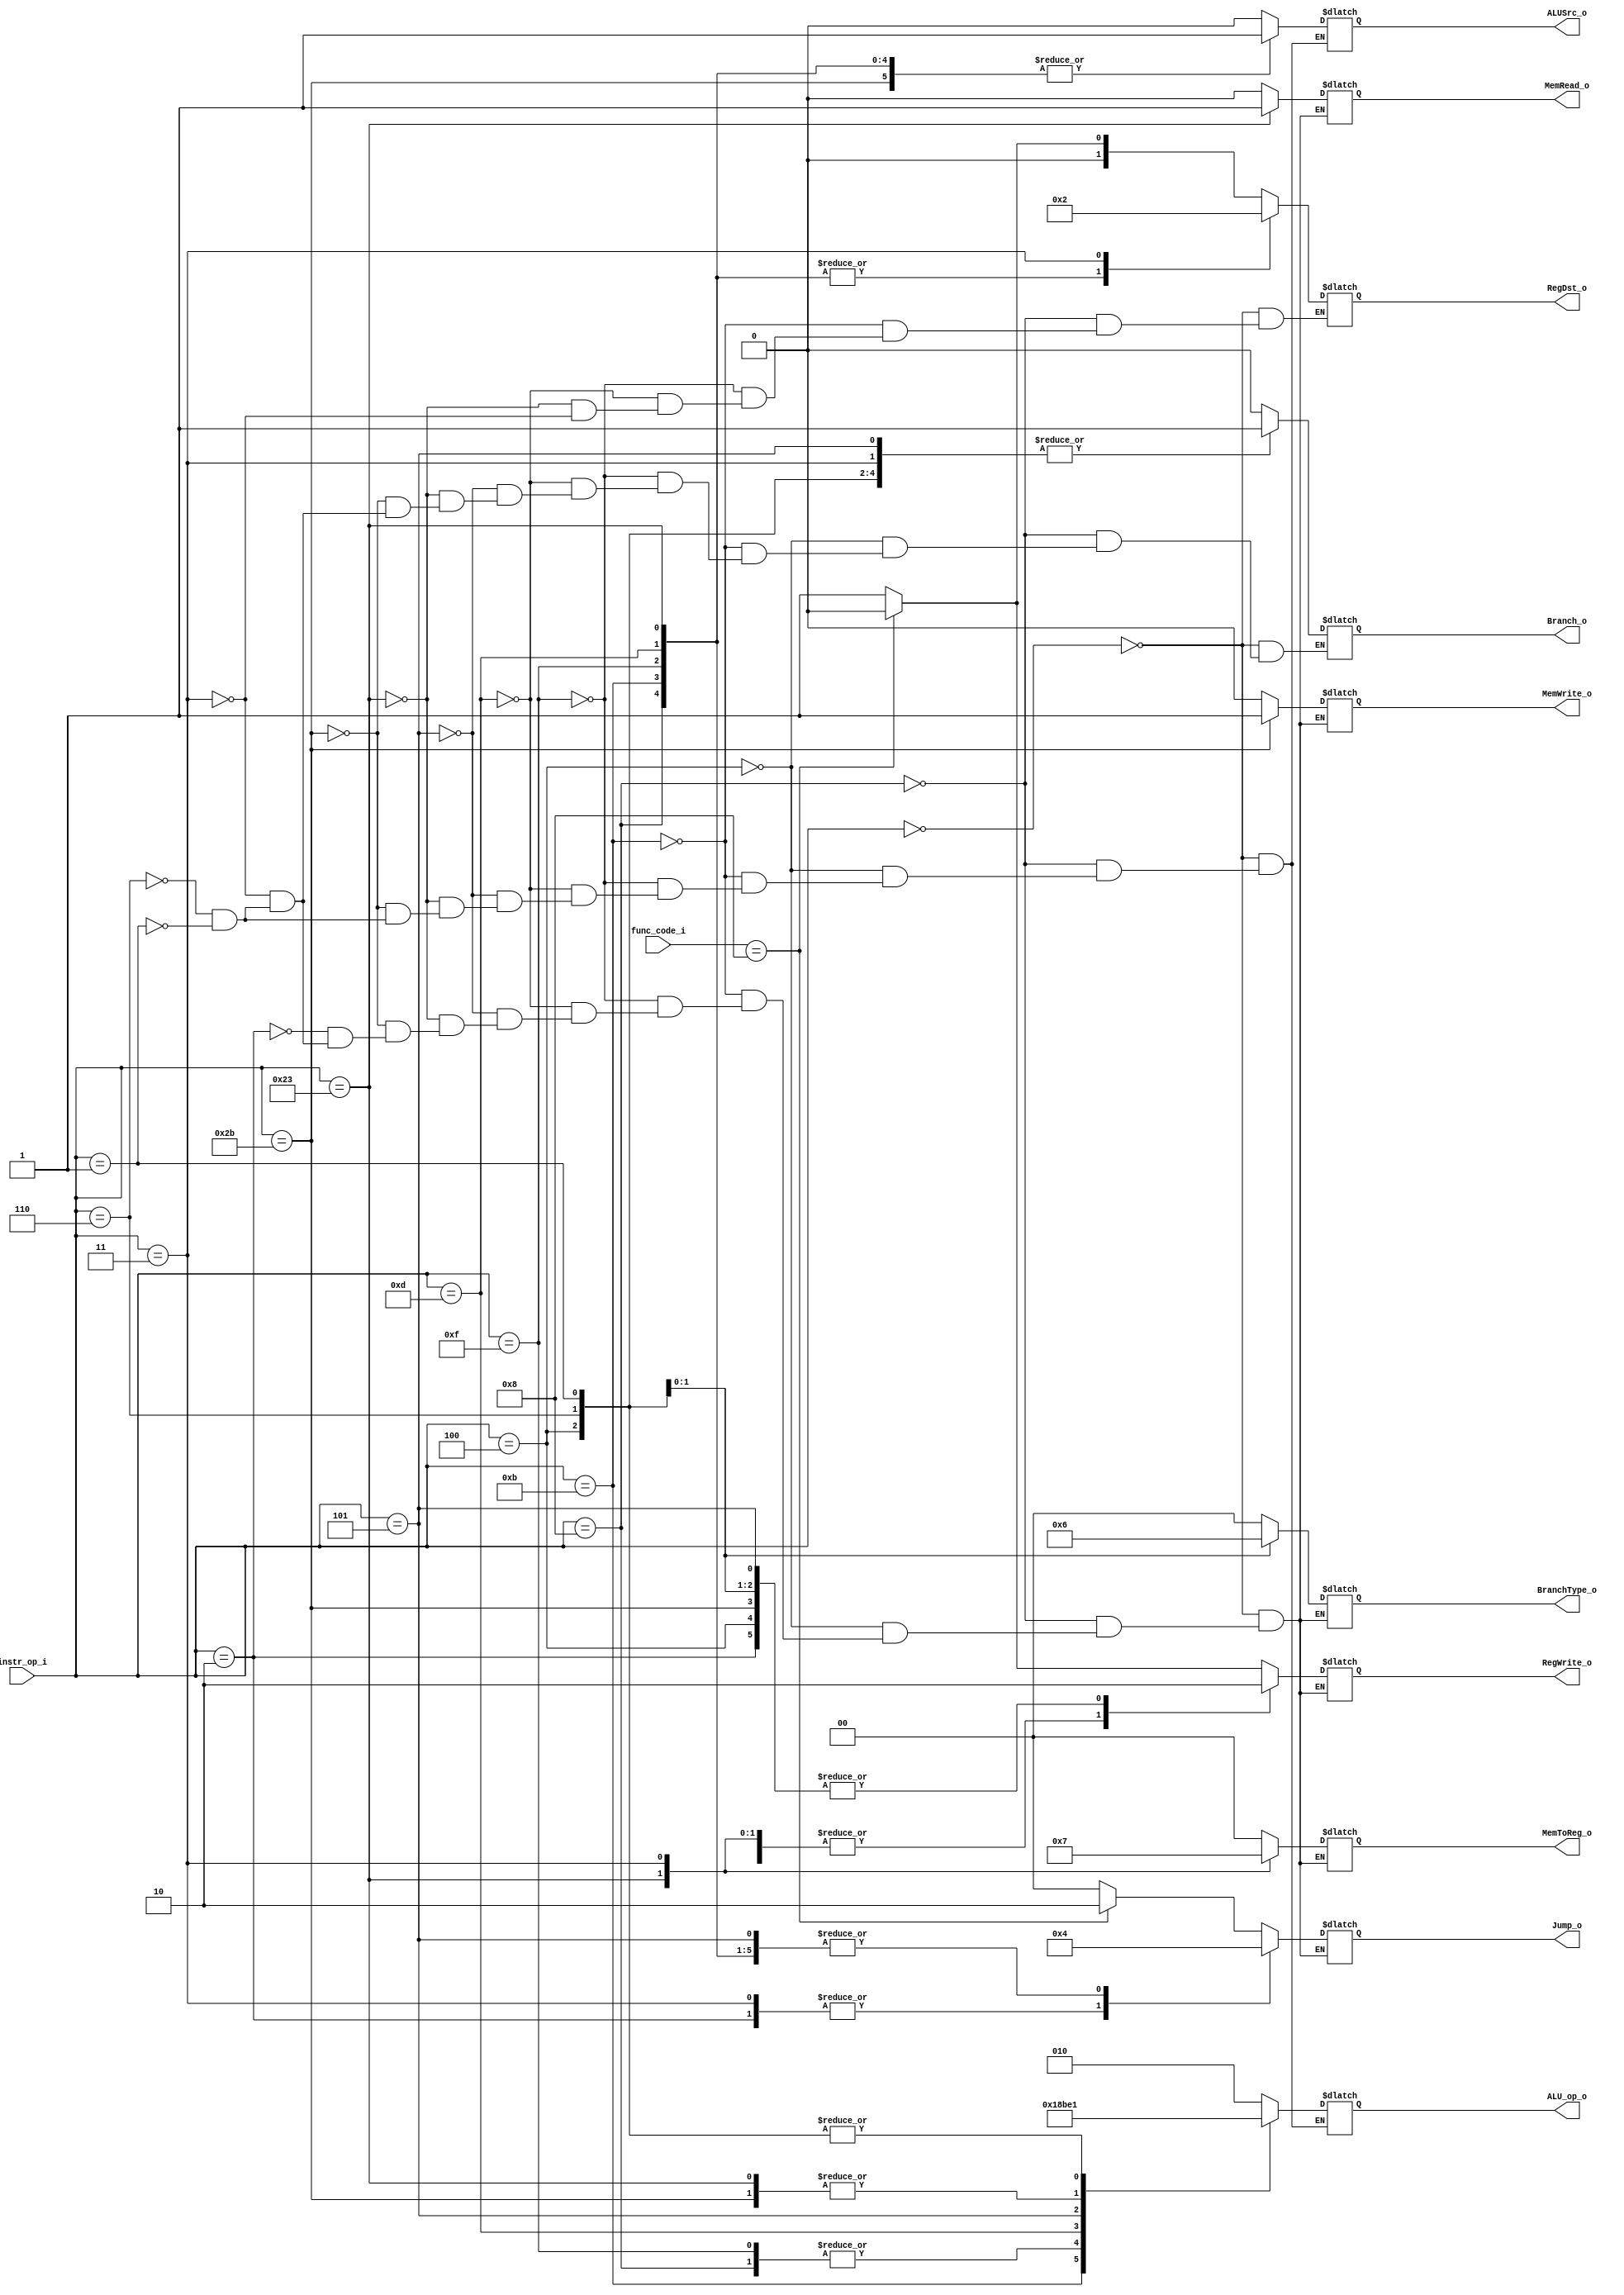
//0516016   0516225 
//Subject:     CO project 2 - Decoder
//--------------------------------------------------------------------------------
//Version:     1
//--------------------------------------------------------------------------------
//Writer: 0516016   0516225      
//----------------------------------------------
//Date:        
//----------------------------------------------
//Description: 
//--------------------------------------------------------------------------------

module Decoder(
    instr_op_i,
    func_code_i,
	RegWrite_o,
	ALU_op_o,
	ALUSrc_o,
	RegDst_o,
	Branch_o,
	MemToReg_o,
    BranchType_o,
    Jump_o,
    MemRead_o,
    MemWrite_o
	);
     
//I/O ports
input  [6-1:0] instr_op_i;
input  [6-1:0] func_code_i;

output         RegWrite_o;
output [3-1:0] ALU_op_o;
output         ALUSrc_o;
output [2-1:0] RegDst_o;
output         Branch_o;

//new
output [2-1:0] MemToReg_o;
output [2-1:0] BranchType_o;
output [2-1:0] Jump_o;
output		   MemRead_o;
output		   MemWrite_o;
 
//Internal Signals
reg    [3-1:0] ALU_op_o;
reg            ALUSrc_o;
reg            RegWrite_o;
reg    [2-1:0] RegDst_o;
reg            Branch_o;

//new
reg	[2-1:0]    MemToReg_o;
reg	[2-1:0]	   BranchType_o;
reg	[2-1:0]    Jump_o;
reg		       MemRead_o;
reg		       MemWrite_o;

//Main function


//Parameter

//Main function
always @( * ) begin
	case(instr_op_i)
		6'b000000:	begin 		//R-type
			if(func_code_i == 6'b001000) begin
				Jump_o <= 2'b10;
				RegWrite_o <= 0;
				RegDst_o <= 0;	
				ALU_op_o <= 3'b010;
				ALUSrc_o <= 0;
				Branch_o <= 0;
				MemToReg_o <= 0;
				MemWrite_o <= 0;
				MemRead_o <= 0;
				BranchType_o <= 0;
			end			
			else begin
				Jump_o <= 2'b00;
				RegWrite_o <= 1;
				RegDst_o <= 1;
				ALU_op_o <= 3'b010;
				ALUSrc_o <= 0;
				Branch_o <= 0;
				MemToReg_o <= 0;
				MemWrite_o <= 0;
				MemRead_o <= 0;
				BranchType_o <= 0;
			end
		end
		6'b001000:	begin   	//addi
			ALU_op_o <= 3'b000;
			ALUSrc_o <= 1;
			RegWrite_o <= 1;
			RegDst_o <= 0;
			Branch_o <= 0;
				MemToReg_o <= 0;
				MemWrite_o <= 0;
				MemRead_o <= 0;
				BranchType_o <= 0;
				Jump_o <= 0;
			end
		6'b000100:	begin 		//beq
			ALU_op_o <= 3'b001;
			ALUSrc_o <= 0;
			RegWrite_o <= 0;
			Branch_o <= 1;
				MemToReg_o <= 0;
				MemWrite_o <= 0;
				MemRead_o <= 0;
				BranchType_o <= 0;
				Jump_o <= 0;
			end
		6'b001011: begin 		//sltiu
			ALU_op_o <= 3'b011;
			ALUSrc_o <= 1;
			RegWrite_o <= 1;
			RegDst_o <= 0;
			Branch_o <= 0;
				MemToReg_o <= 0;
				MemWrite_o <= 0;
				MemRead_o <= 0;
				BranchType_o <= 0;
				Jump_o <= 0;
			end
		6'b001111: begin 		//lui  li
			ALU_op_o <= 3'b000;
			ALUSrc_o <= 1;
			RegWrite_o <= 1;
			RegDst_o <= 0;
			Branch_o <= 0;
				MemToReg_o <= 0;
				MemWrite_o <= 0;
				MemRead_o <= 0;
				BranchType_o <= 0;
				Jump_o <= 0;
			end
		6'b001101: begin        //ori
			ALU_op_o <= 3'b101;
			ALUSrc_o <= 1;
			RegWrite_o <= 1;
			RegDst_o <= 0;
			Branch_o <= 0;
				MemToReg_o <= 0;
				MemWrite_o <= 0;
				MemRead_o <= 0;
				BranchType_o <= 0;
				Jump_o <= 0;
			end
		6'b000101: begin 		//bne
			ALU_op_o <= 3'b111;
			ALUSrc_o <= 0;
			RegWrite_o <= 0;
			Branch_o <= 1;
				MemToReg_o <= 0;
				MemWrite_o <= 0;
				MemRead_o <= 0;
				BranchType_o <= 0;
				Jump_o <= 0;
			end
		//new    
		6'b100011: begin 		//lw
			ALU_op_o <= 3'b100;
			ALUSrc_o <= 1;
			RegWrite_o <= 1;
			RegDst_o <= 0;
			Branch_o <= 0;
				MemToReg_o <= 1;
				MemWrite_o <= 0;
				MemRead_o <= 1;
				BranchType_o <= 0;
				Jump_o <= 0;
				
		end
		6'b101011: begin 		//sw
			ALU_op_o <= 3'b100;
			ALUSrc_o <= 1;
			RegWrite_o <= 0;
			Branch_o <= 0;
				MemToReg_o <= 0;
				MemWrite_o <= 1;
				MemRead_o <= 0;
				BranchType_o <= 0;
				Jump_o <= 0;
				
		end
		6'b000010: begin 		//jump
			//ALU_op_o <= 3'b110;
			//ALUSrc_o <= 1;
			RegWrite_o <= 0;
			//RegDst_o <= 0;
			//Branch_o <= 0;
				MemToReg_o <= 0;
				MemWrite_o <= 0;
				MemRead_o <= 0;
				BranchType_o <= 0;
				Jump_o <= 1;
		end
		6'b000011: begin 		//jal
			//ALU_op_o <= 3'b110;
			//ALUSrc_o <= 1;
			RegWrite_o <= 1;
			RegDst_o <= 2;
			Branch_o <= 1;
				MemToReg_o <= 3;
				MemWrite_o <= 0;
				MemRead_o <= 0;
				BranchType_o <= 0;
				Jump_o <= 1;
		end
		6'b000110: begin   //ble
			ALU_op_o <= 3'b001;
			ALUSrc_o <= 0;
			RegWrite_o <= 0;
			Branch_o <= 1;
				MemToReg_o <= 0;
				MemWrite_o <= 0;
				MemRead_o <= 0;
				BranchType_o <= 1;
				Jump_o <= 0;			
		end
		6'b000101: begin  //bnez
			ALU_op_o <= 3'b111;
			ALUSrc_o <= 0;
			RegWrite_o <= 0;
			Branch_o <= 1;
				MemToReg_o <= 0;
				MemWrite_o <= 0;
				MemRead_o <= 0;
				BranchType_o <= 0;
				Jump_o <= 0;
		end
		6'b000001: begin  //bltz
			ALU_op_o <= 3'b001;
			ALUSrc_o <= 0;
			RegWrite_o <= 0;
			Branch_o <= 1;
				MemToReg_o <= 0;
				MemWrite_o <= 0;
				MemRead_o <= 0;
				BranchType_o <= 2;
				Jump_o <= 0;
		end						
	endcase
end
endmodule